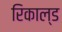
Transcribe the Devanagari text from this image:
रिकाल्ड